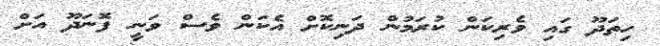
ހިތަދޫ ގައި ވެރިކަން ކުރަމުން ދަނިކޮށް އެކަން ވެސް ވަނީ ފޮނަދޫ އަށް